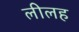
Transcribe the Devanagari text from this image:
लीलह